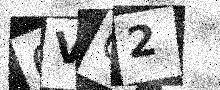
Text: 6VO2